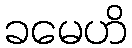
ခမေဟိ